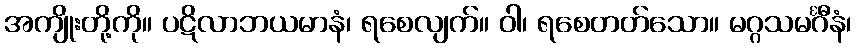
အကျိုးတို့ကို။ ပဋိလာဘယမာနံ၊ ရစေလျက်။ ဝါ၊ ရစေတတ်သော။ မဂ္ဂသမင်္ဂီနံ၊